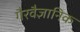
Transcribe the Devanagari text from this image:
गैरवैज्ञानिक